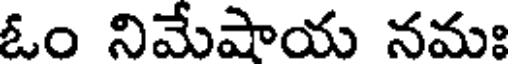
ఓం నిమేషాయ నమః